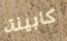
كابينة